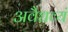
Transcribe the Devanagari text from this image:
अवैधव्यं